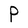
Character: P